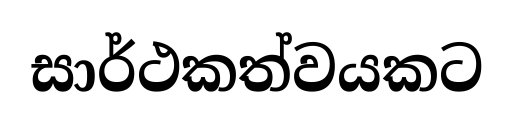
සාර්ථකත්වයකට